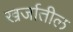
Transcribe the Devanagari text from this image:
खर्जातील